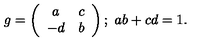
g = \left( \begin{array} { c c } { a } & { c } \\ { - d } & { b } \\ \end{array} \right) ; \ a b + c d = 1 .